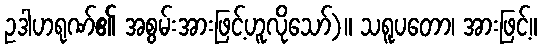
ဥဒါဟရုဏ်၏ အစွမ်းအားဖြင့်ဟူလိုသော်)။ သရူပတော၊ အားဖြင့်။